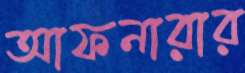
আফনারার